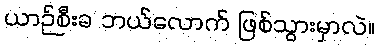
ယာဉ်စီးခ ဘယ်လောက် ဖြစ်သွားမှာလဲ။